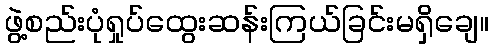
ဖွဲ့စည်းပုံရှုပ်ထွေးဆန်းကြယ်ခြင်းမရှိချေ။